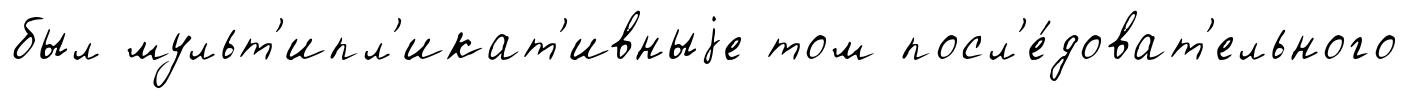
был мульт'ипл'икат'ивныjе том посл'е́доват'ельного